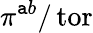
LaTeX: \pi^{\mathtt{a}b}/\operatorname{tor}